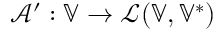
\mathcal { A } ^ { \prime } : \mathbb { V } \to \mathcal L ( \mathbb { V } , \mathbb { V } ^ { * } )